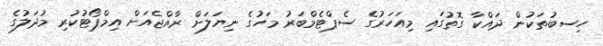
ހިސބުތަކުން ދައްކާ ގޮތުގައި މިއަހަރުގެ ސެޕްޓެމްބަރު މަހުގެ ނިޔަލަށް ރާއްޖެއަށް އިމްޕޯޓުކުރި މުދަލުގެ